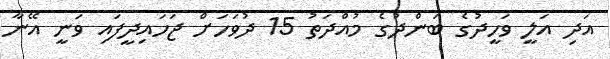
އަދި އަލީ ވަހީދުގެ ބަންދުގެ މުއްދަތު 15 ދުވަހަށް ޖަހައިދީފައި ވަނީ އޭނާ